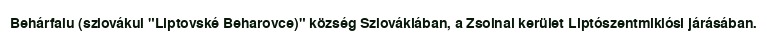
Behárfalu (szlovákul "Liptovské Beharovce)" község Szlovákiában, a Zsolnai kerület Liptószentmiklósi járásában.